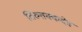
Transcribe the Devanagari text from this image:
तिरुत्तक्कदेव